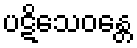
ပဋိသေဝန္တေ